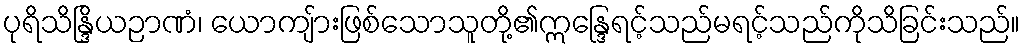
ပုရိသိန္ဒြိယဉာဏံ၊ ယောကျ်ားဖြစ်သောသူတို့၏ဣန္ဒြေရင့်သည်မရင့်သည်ကိုသိခြင်းသည်။